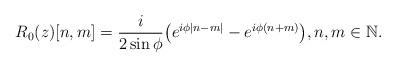
LaTeX: \begin{align*}R_0(z)[n,m]=\frac{i}{2\sin \phi}\bigl(e^{i\phi|n-m|}-e^{i\phi(n+m)}\bigr),n,m\in\mathbb N.\end{align*}